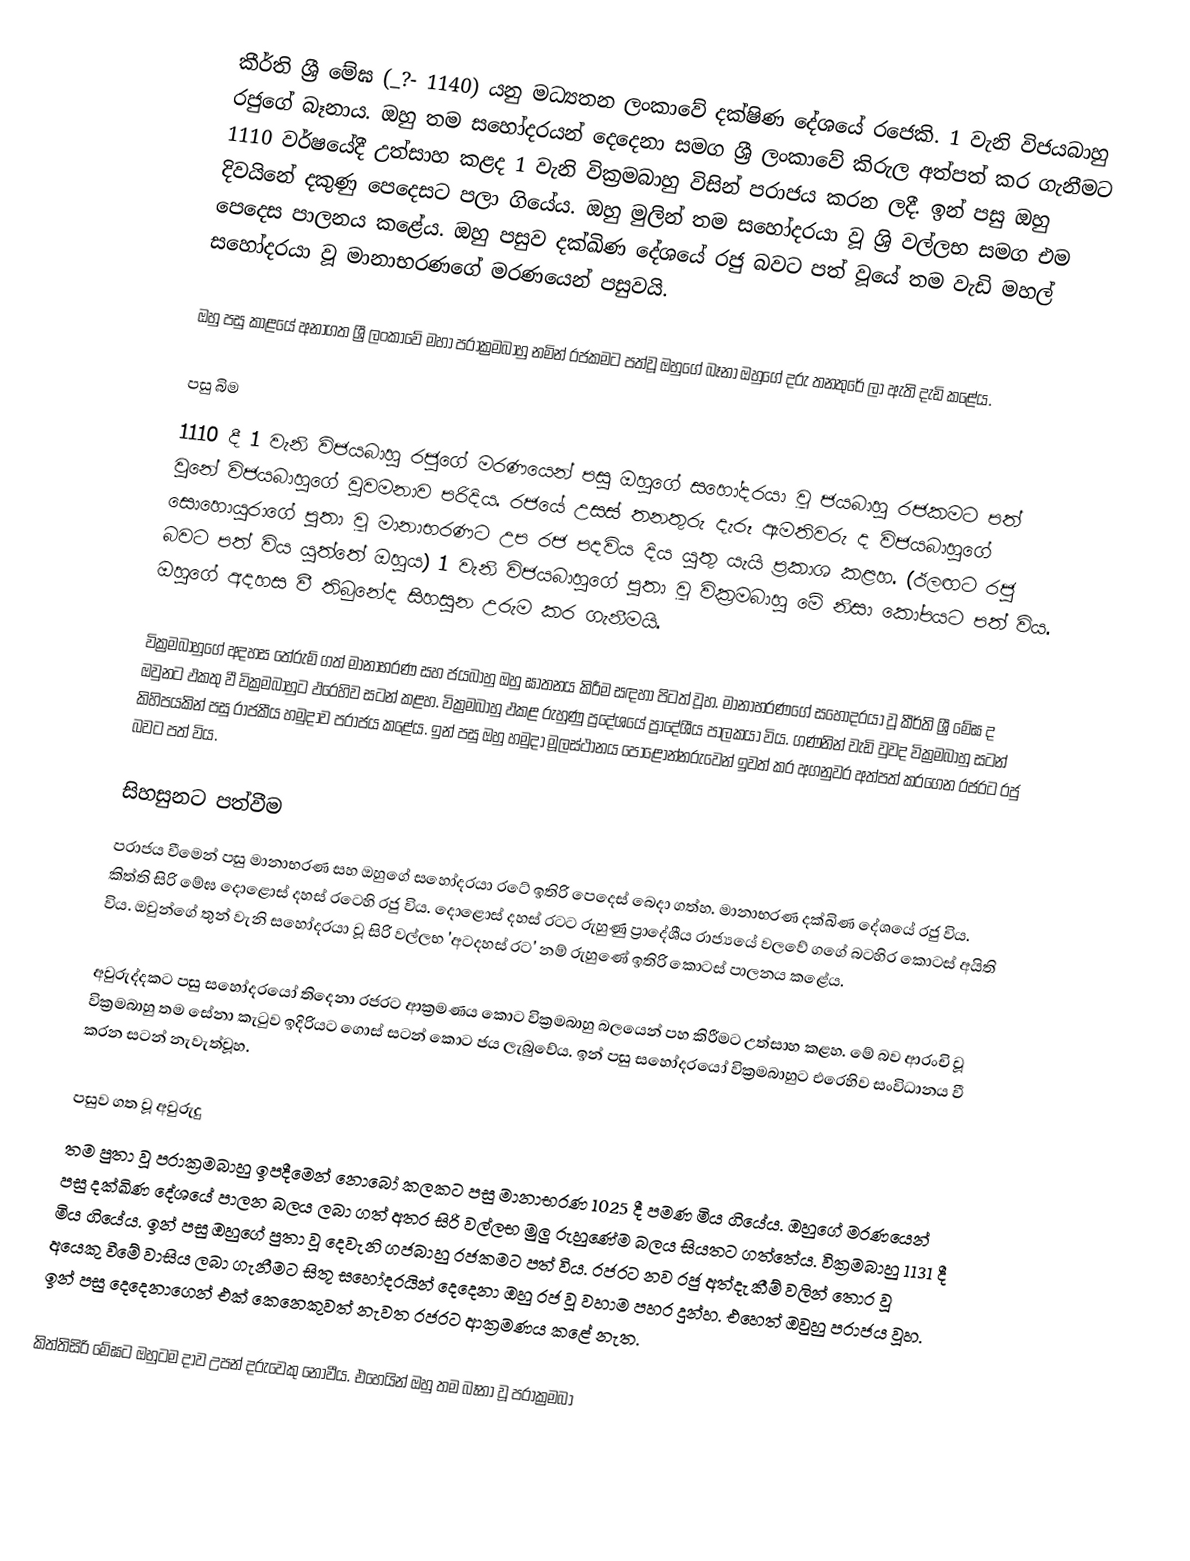
කීර්ති ශ්‍රී මේඝ (_?- 1140) යනු මධ්‍යතන ලංකාවේ දක්ෂිණ දේශයේ රජෙකි. 1 වැනි විජයබාහු රජුගේ බෑනාය. ඔහු තම සහෝදරයන් දෙදෙනා සමග ශ්‍රී ලංකාවේ කිරුල අත්පත් කර ගැනීමට 1110 වර්ෂයේදී උත්සාහ කළද 1 වැනි වික්‍රමබාහු විසින් පරාජය කරන ලදී. ඉන් පසු ඔහු දිවයිනේ දකුණු පෙදෙසට පලා ගියේය. ඔහු මුලින් තම සහෝදරයා වූ ශ්‍රි වල්ලභ සමග එම පෙදෙස පාලනය කළේය. ඔහු පසුව දක්ඛිණ දේශයේ රජු බවට පත් වූයේ තම වැඩි මහල් සහෝදරයා වූ මානාභරණගේ  මරණයෙන් පසුවයි.

ඔහු පසු කාළයේ අනාගත ශ්‍රී ලංකාවේ මහා පරාක්‍රමබාහු නමින් රජකමට පත්වූ ඔහුගේ බෑනා ඔහුගේ දරු තනතුරේ ලා ඇති දැඩි කළේය.

පසු බිම
1110 දී 1 වැනි විජයබාහු රජුගේ මරණයෙන් පසු ඔහුගේ සහෝදරයා වූ ජයබාහු රජකමට පත් වුනේ විජයබාහුගේ වුවමනාව පරිදිය. රජයේ උසස් තනතුරු දැරූ ඇමතිවරු ද විජයබාහුගේ සොහොයුරාගේ පුතා වූ මානාභරණට උප රජ පදවිය දිය යුතු යැයි ප්‍රකාශ කළහ. (ඊලඟට රජු බවට පත් විය යුත්තේ ඔහුය) 1 වැනි විජයබාහුගේ පුතා වූ වික්‍රමබාහු මේ නිසා කෝපයට පත් විය. ඔහුගේ අදහස වී තිබුනේද සිහසුන උරුම කර ගැනීමයි.

වික්‍රමබාහුගේ අදහස තේරුම් ගත් මානාභරණ සහ ජයබාහු ඔහු ඝාතනය කිරීම සඳහා පිටත් වූහ. මානාභරණගේ සහෝදරයා වූ කීර්ති ශ්‍රී මේඝ ද ඔවුනට ඵකතු වී වික්‍රමබාහුට ඵරෙහිව සටන් කළහ. වික්‍රමබාහු ඵකළ රුහුණු ප්‍රදේශයේ ප්‍රාදේශීය පාලකයා විය. ගණනින් වැඩි වුවද වික්‍රමබාහු සටන් කිහිපයකින් පසු රාජකීය හමුදාව පරාජය කළේය. ඉන් පසු ඔහු හමුදා මූලස්ථානය පොළොන්නරුවෙන් ඉවත් කර අගනුවර අත්පත් කරගෙන රජරට රජු බවට පත් විය.

සිහසුනට පත්වීම
පරාජය වීමෙන් පසු මානාභරණ සහ ඔහුගේ සහෝදරයා රටේ ඉතිරි පෙදෙස් බෙදා ගත්හ. මානාභරණ දක්ඛිණ දේශයේ රජු විය. කිත්ති සිරි මේඝ දොළොස් දහස් ‍රටෙහි රජු විය. දොළොස් දහස් රටට රුහුණු ප්‍රාදේශීය රාජ්‍යයේ වලවේ ග‍‍ගේ බටහිර කොටස් අයිති විය. ඔවුන්ගේ තුන් වැනි සහෝදරයා වූ සිරි වල්ලභ 'අටදහස් රට' නම් රුහුණේ ඉතිරි කොටස් පාලනය කළේය.

අවුරුද්දකට පසු සහෝදරයෝ තිදෙනා රජරට ආක්‍රමණය කොට වික්‍රමබාහු බලයෙන් පහ කිරීමට උත්සාහ කළහ. මේ බව ආරංචි වූ වික්‍රමබාහු තම සේනා කැටුව ඉදිරියට ගොස් සටන් කොට ජය ලැබුවේය. ඉන් පසු සහෝදරයෝ වික්‍රමබාහුට එරෙහිව සංවිධානය වී කරන සටන් නැවැත්වූහ.

පසුව ගත වූ අවුරුදු
තම පුතා වූ පරාක්‍රමබාහු ඉපදීමෙන් නොබෝ කලකට පසු මානාභරණ 1025 දී පමණ මිය ගියේය. ඔහුගේ මරණයෙන් පසු දක්ඛිණ දේශයේ පාලන බලය ලබා ගත් අතර සිරි වල්ලභ මුලු රුහුණේම බලය සියතට ගත්තේය. වික්‍රමබාහු 1131 දී මිය ගියේය. ඉන් පසු ඔහුගේ පුතා වූ දෙවැනි ගජබාහු රජකමට පත් විය. රජරට නව රජු අත්දැකීම් වලින් තොර වූ අයෙකු වීමේ වාසිය ලබා ගැනීමට සිතූ සහෝදරයින් දෙදෙනා ඔහු රජ වූ වහාම පහර දුන්හ. එහෙත් ඔවුහු පරාජය වූහ. ඉන් පසු දෙදෙනාගෙන් එක් කෙනෙකුවත් නැවත රජරට ආක්‍රමණය කළේ නැත.

කිත්තිසිරි මේඝට ඔහුටම දාව උපන් දරුවෙකු නොවීය. එහෙයින් ඔහු තම බෑනා වූ පරාක්‍රමබා